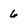
Character: 6